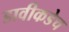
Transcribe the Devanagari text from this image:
डावीकडेच